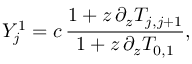
Y _ { j } ^ { 1 } = c \, \frac { 1 + z \, \partial _ { z } T _ { j , j + 1 } } { 1 + z \, \partial _ { z } T _ { 0 , 1 } } ,